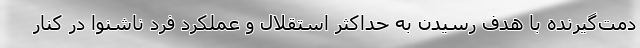
دمت‌گیرنده با هدف رسیدن به حداکثر استقلال و عملکرد فرد ناشنوا در کنار